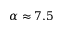
\alpha \approx 7 . 5